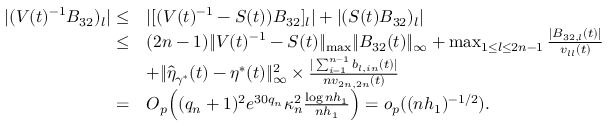
\begin{array} { r l } { | ( V ( t ) ^ { - 1 } B _ { 3 2 } ) _ { l } | \le } & { | [ ( V ( t ) ^ { - 1 } - S ( t ) ) B _ { 3 2 } ] _ { l } | + | ( S ( t ) B _ { 3 2 } ) _ { l } | } \\ { \le } & { ( 2 n - 1 ) \| V ( t ) ^ { - 1 } - S ( t ) \| _ { \operatorname* { m a x } } \| B _ { 3 2 } ( t ) \| _ { \infty } + \operatorname* { m a x } _ { 1 \le l \le 2 n - 1 } \frac { | B _ { 3 2 , l } ( t ) | } { v _ { l l } ( t ) } } \\ & { + \| \widehat { \eta } _ { \gamma ^ { * } } ( t ) - \eta ^ { * } ( t ) \| _ { \infty } ^ { 2 } \times \frac { | \sum _ { i = 1 } ^ { n - 1 } b _ { l , i n } ( t ) | } { n v _ { 2 n , 2 n } ( t ) } } \\ { = } & { O _ { p } \Big ( ( q _ { n } + 1 ) ^ { 2 } e ^ { 3 0 q _ { n } } \kappa _ { n } ^ { 2 } \frac { \log n h _ { 1 } } { n h _ { 1 } } \Big ) = o _ { p } ( ( n h _ { 1 } ) ^ { - 1 / 2 } ) . } \end{array}